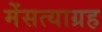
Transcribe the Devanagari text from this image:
मेंसत्याग्रह